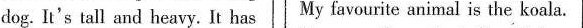
dog.It's tall and heavy .It has My favourite animal is the koala.